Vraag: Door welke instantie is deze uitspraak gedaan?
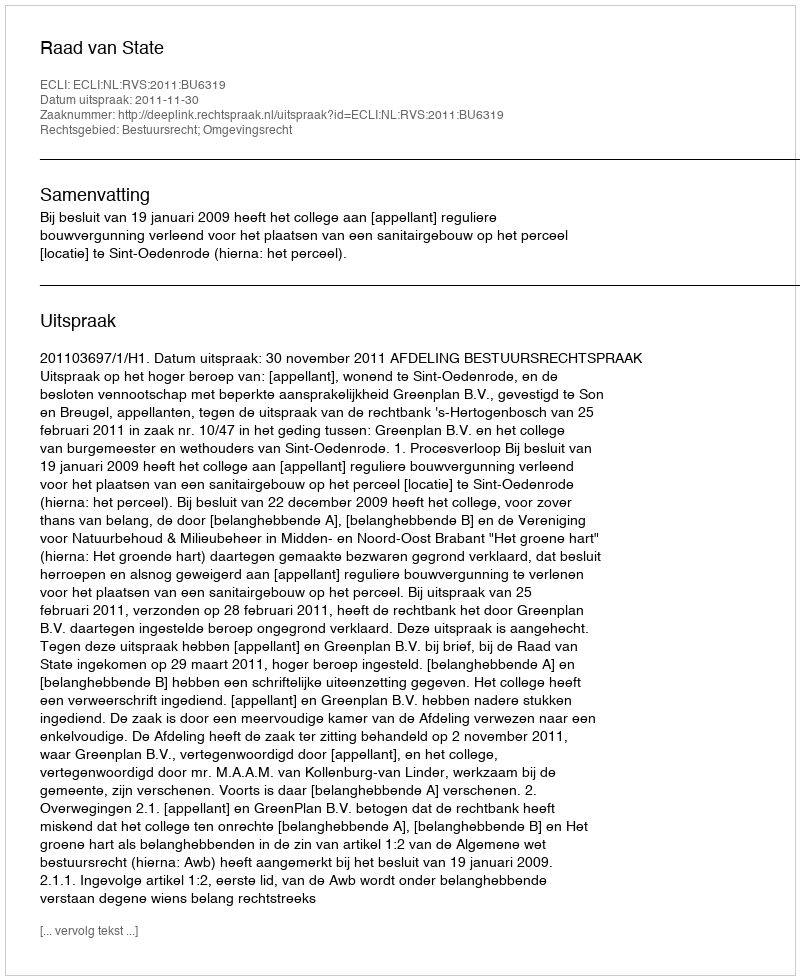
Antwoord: Raad van State